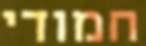
חמודי